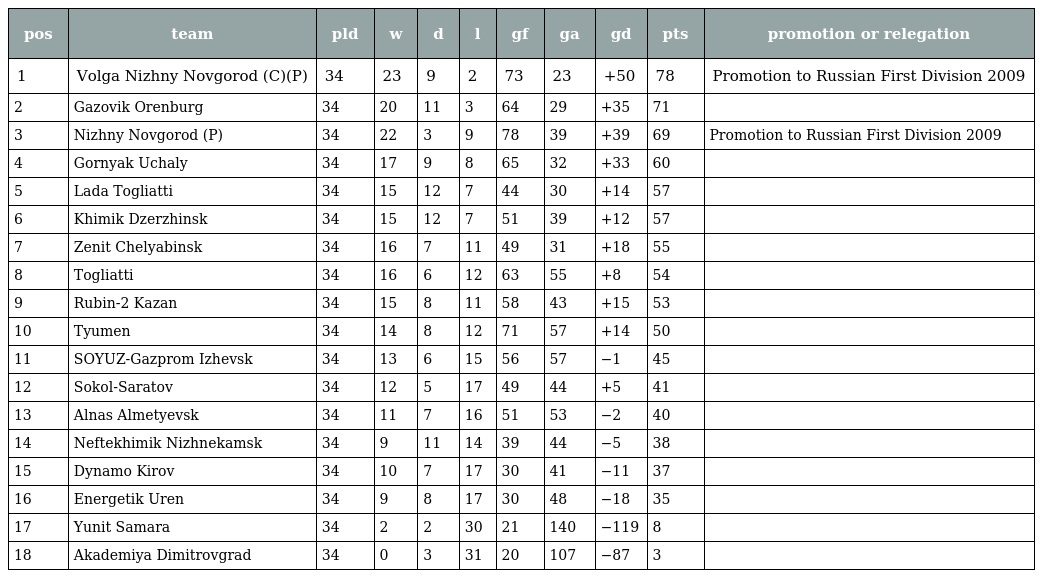
| pos | team | pld | w | d | l | gf | ga | gd | pts | promotion or relegation |
 | --- | --- | --- | --- | --- | --- | --- | --- | --- | --- | --- |
 | 1 | Volga Nizhny Novgorod (C)(P) | 34 | 23 | 9 | 2 | 73 | 23 | +50 | 78 | Promotion to Russian First Division 2009 |
 | 2 | Gazovik Orenburg | 34 | 20 | 11 | 3 | 64 | 29 | +35 | 71 |  |
 | 3 | Nizhny Novgorod (P) | 34 | 22 | 3 | 9 | 78 | 39 | +39 | 69 | Promotion to Russian First Division 2009 |
 | 4 | Gornyak Uchaly | 34 | 17 | 9 | 8 | 65 | 32 | +33 | 60 |  |
 | 5 | Lada Togliatti | 34 | 15 | 12 | 7 | 44 | 30 | +14 | 57 |  |
 | 6 | Khimik Dzerzhinsk | 34 | 15 | 12 | 7 | 51 | 39 | +12 | 57 |  |
 | 7 | Zenit Chelyabinsk | 34 | 16 | 7 | 11 | 49 | 31 | +18 | 55 |  |
 | 8 | Togliatti | 34 | 16 | 6 | 12 | 63 | 55 | +8 | 54 |  |
 | 9 | Rubin-2 Kazan | 34 | 15 | 8 | 11 | 58 | 43 | +15 | 53 |  |
 | 10 | Tyumen | 34 | 14 | 8 | 12 | 71 | 57 | +14 | 50 |  |
 | 11 | SOYUZ-Gazprom Izhevsk | 34 | 13 | 6 | 15 | 56 | 57 | −1 | 45 |  |
 | 12 | Sokol-Saratov | 34 | 12 | 5 | 17 | 49 | 44 | +5 | 41 |  |
 | 13 | Alnas Almetyevsk | 34 | 11 | 7 | 16 | 51 | 53 | −2 | 40 |  |
 | 14 | Neftekhimik Nizhnekamsk | 34 | 9 | 11 | 14 | 39 | 44 | −5 | 38 |  |
 | 15 | Dynamo Kirov | 34 | 10 | 7 | 17 | 30 | 41 | −11 | 37 |  |
 | 16 | Energetik Uren | 34 | 9 | 8 | 17 | 30 | 48 | −18 | 35 |  |
 | 17 | Yunit Samara | 34 | 2 | 2 | 30 | 21 | 140 | −119 | 8 |  |
 | 18 | Akademiya Dimitrovgrad | 34 | 0 | 3 | 31 | 20 | 107 | −87 | 3 |  |